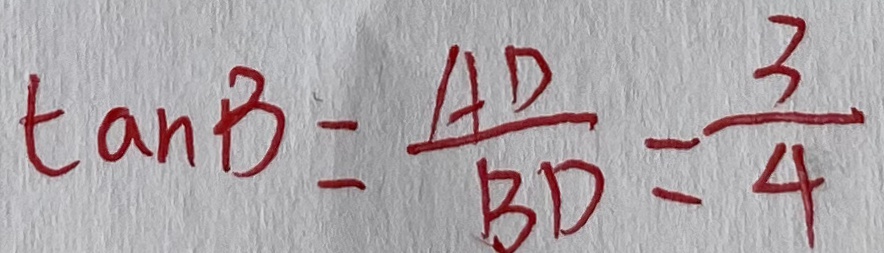
\tan B = \frac { A D } { B D } = \frac { 3 } { 4 }